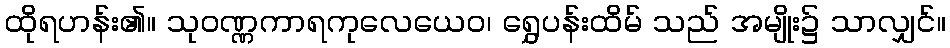
ထိုရဟန်း၏။ သုဝဏ္ဏကာရကုလေယေဝ၊ ရွှေပန်းထိမ် သည် အမျိုး၌ သာလျှင်။